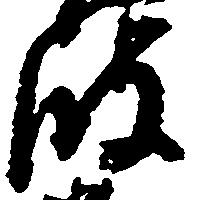
波